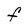
Character: F